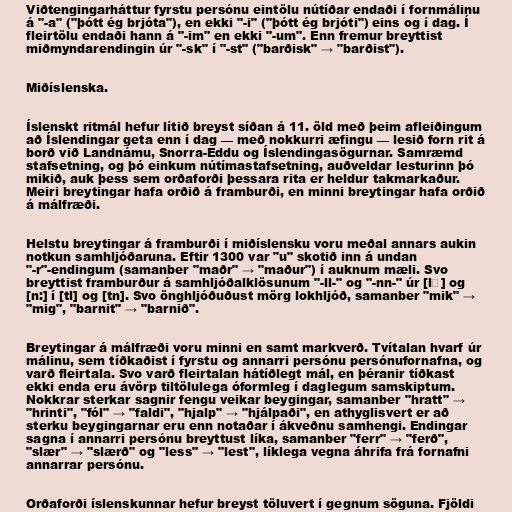
Viðtengingarháttur fyrstu persónu eintölu nútíðar endaði í fornmálinu
á "-a" ("þótt ég brjóta"), en ekki "-i" ("þótt ég brjóti") eins og í dag. Í
fleirtölu endaði hann á "-im" en ekki "-um". Enn fremur breyttist
miðmyndarendingin úr "-sk" í "-st" ("barðisk" → "barðist").

Miðíslenska.

Íslenskt ritmál hefur lítið breyst síðan á 11. öld með þeim afleiðingum
að Íslendingar geta enn í dag — með nokkurri æfingu — lesið forn rit á
borð við Landnámu, Snorra-Eddu og Íslendingasögurnar. Samræmd
stafsetning, og þó einkum nútímastafsetning, auðveldar lesturinn þó
mikið, auk þess sem orðaforði þessara rita er heldur takmarkaður.
Meiri breytingar hafa orðið á framburði, en minni breytingar hafa orðið
á málfræði.

Helstu breytingar á framburði í miðíslensku voru meðal annars aukin
notkun samhljóðaruna. Eftir 1300 var "u" skotið inn á undan
"-r"-endingum (samanber "maðr" → "maður") í auknum mæli. Svo
breyttist framburður á samhljóðalklösunum "-ll-" og "-nn-" úr [lː] og
[n:] í [tl] og [tn]. Svo önghljóðuðust mörg lokhljóð, samanber "mik" →
"mig", "barnit" → "barnið".

Breytingar á málfræði voru minni en samt markverð. Tvítalan hvarf úr
málinu, sem tíðkaðist í fyrstu og annarri persónu persónufornafna, og
varð fleirtala. Svo varð fleirtalan hátíðlegt mál, en þéranir tíðkast
ekki enda eru ávörp tiltölulega óformleg í daglegum samskiptum.
Nokkrar sterkar sagnir fengu veikar beygingar, samanber "hratt" →
"hrinti", "fól" → "faldi", "hjalp" → "hjálpaði", en athyglisvert er að
sterku beygingarnar eru enn notaðar í ákveðnu samhengi. Endingar
sagna í annarri persónu breyttust líka, samanber "ferr" → "ferð",
"slær" → "slærð" og "less" → "lest", líklega vegna áhrifa frá fornafni
annarrar persónu.

Orðaforði íslenskunnar hefur breyst töluvert í gegnum söguna. Fjöldi